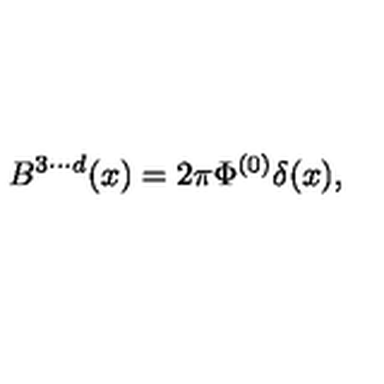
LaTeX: B ^ { 3 \cdot \cdot \cdot d } ( x ) = 2 \pi \Phi ^ { ( 0 ) } \delta ( x ) ,